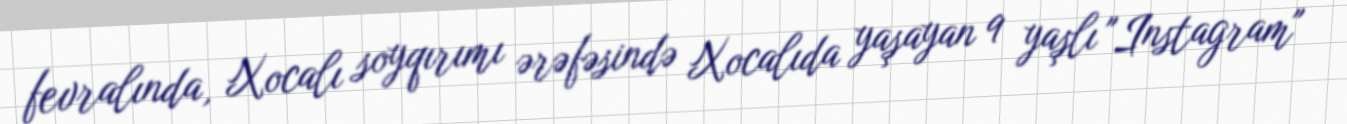
fevralında, Xocalı soyqırımı ərəfəsində Xocalıda yaşayan 9 yaşlı "Instagram"